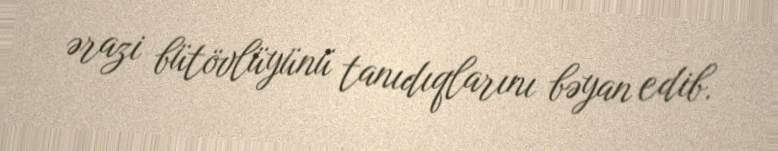
ərazi bütövlüyünü tanıdıqlarını bəyan edib.